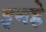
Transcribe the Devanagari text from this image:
इनहे